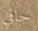
جافي